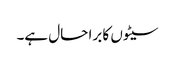
سیٹوں کا برا حال ہے۔